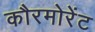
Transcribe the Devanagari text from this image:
कौरमोरेंट